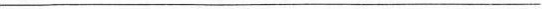
___